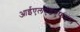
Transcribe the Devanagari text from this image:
आईएलएंडएफएस